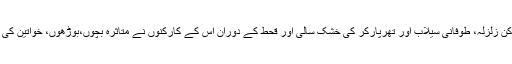
جماعت الدعوۃ کے بارے میں سب جانتے ہیں کہ تباہ کن زلزلہ، طوفانی سیلاب اور تھرپارکر کی خشک سالی اور قحط کے دوران اس کے کارکنوں نے متاثرہ بچوں،بوڑھوں، خواتین کی خدمت کے ریکارڈ قائم کیے اور خوب دعائیں سمیٹیں۔